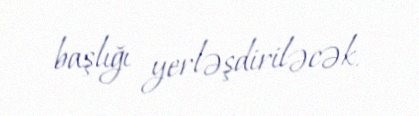
başlığı yerləşdiriləcək.